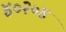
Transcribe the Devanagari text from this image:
४०२०४